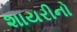
શાયરીનો